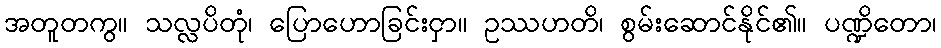
အတူတကွ။ သလ္လပိတုံ၊ ပြောဟောခြင်းငှာ။ ဥဿဟတိ၊ စွမ်းဆောင်နိုင်၏။ ပဏ္ဍိတော၊